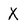
Character: X